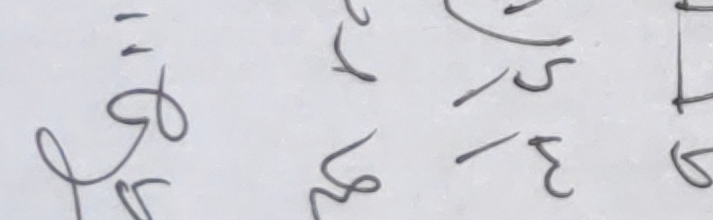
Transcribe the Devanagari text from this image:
सृ